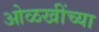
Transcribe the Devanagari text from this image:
ओळखींच्या